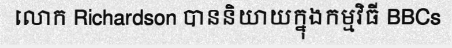
លោក Richardson បាននិយាយក្នុងកម្មវិធី BBCs